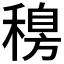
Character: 𥡐